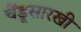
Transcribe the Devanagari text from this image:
चेंडूसारखी